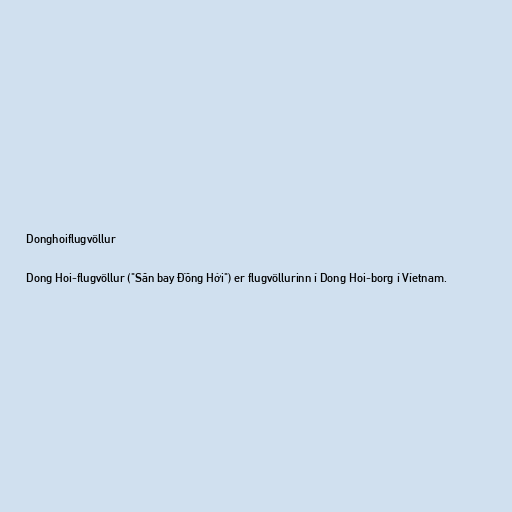
Donghoiflugvöllur

Dong Hoi-flugvöllur ("Sân bay Đồng Hới") er flugvöllurinn í Dong Hoi-borg í Víetnam.